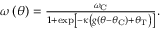
\begin{array} { r } { \omega \left( \theta \right) = \frac { \omega _ { \mathrm { C } } } { 1 + \exp \left[ - \kappa \left( g \left( \theta - \theta _ { \mathrm { C } } \right) + \theta _ { \mathrm { T } } \right) \right] } . } \end{array}